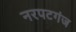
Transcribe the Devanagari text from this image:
नरपटगंज